Scottish Leaving Certificate Examination, 1961
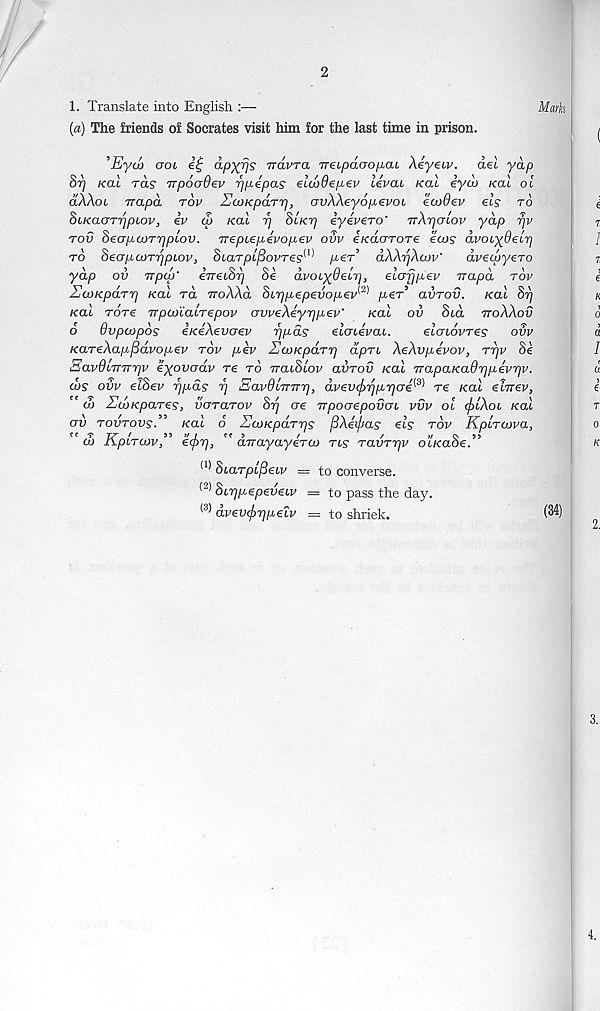
/
2
1. Translate into English :—
{a) The friends of Socrates visit him for the last time in prison.
’Eycb gol
apxys Trdvra 7rebpd(Jop(u Aeyetp. del yap
Sr] Kai rds irpocrdev rjpepas elojdepev levab Kal iyd) Kal ol
dAAob rrapd top SoiKpaTr], ovAAeyopevcn ewOev els to
SbKauTTjpLov, iv cS Kal r] SIkt] iyevero' TrArjacov yap rjv
tov Seapcorrjpbov. Trepbe^ivopev ovv eKaoTore ea>s dvobydeir]
to SeapcoTrjpbov, SbaTpl^ovres^ per’ dAArjAcov'
dvecpyero
yap ov it pep' irrebSr] Se dvobydebrj, elafjpev rrapd top
HioKparr] Kal rd ttoAAo, SbTjpepevopev^ per’ avrov. Kal Sr]
Kal Tore Trpoo'CabTepov ovveAeyppev'
Kal ov Sid ttoAAov
6 Ovpwpds eKeAevaev r]pds elabevab.
elcnovres odv
KarsAapflavopev top pep UcoKparr] dpri AeAvpepop, rr]p Se
SapdbTT7Tr]p eyovadp re to rrabSlop ainov Kal TrapaKadr]pepr]v.
d)S ovp elSep r]pds r] SapQbmrr], dpevfirjprjcre^ re Kal ehrep,
" & EdoKpares, vararov Sr] ere TrpocrepovoL pvp ol <f>bAob Kal
av tovtovs.” Kal 6 Za>KpaTr]s fiAei/jas els top Kplratpa,
" & KpbTWp” ecjrr], " aTrayayeTto Tbs TavTipp o’bKaSe.”
(1 * Sbarpifieiv = to converse.
8br]pepevebp — to pass the day.
(3) dpevfirjpelp = to shriek.
Mark
(34)